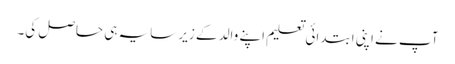
آپ نے اپنی ابتدائی تعلیم اپنے والد کے زیر سایہ ہی حاصل کی۔